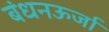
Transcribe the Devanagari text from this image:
बंधनऊर्जा